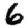
Digit: 6